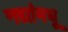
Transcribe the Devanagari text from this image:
नद्यांमधू